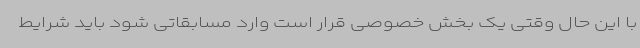
با این حال وقتی یک بخش خصوصی قرار است وارد مسابقاتی شود باید شرایط